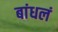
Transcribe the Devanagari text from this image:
बांधलं